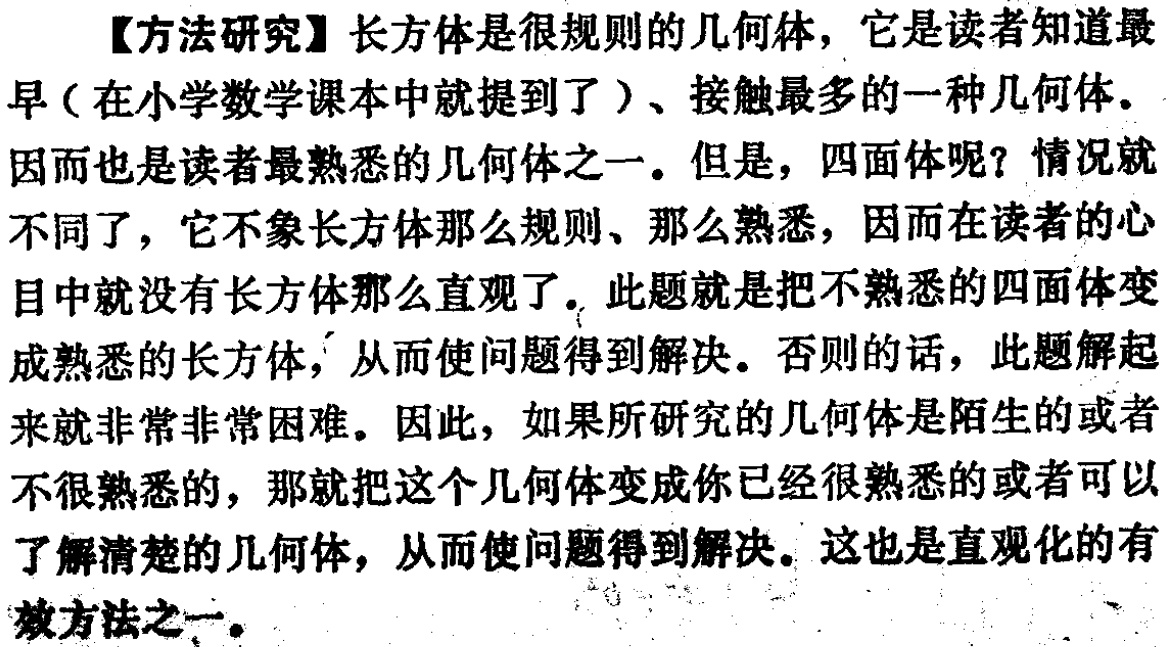
【方法研究】长方体是很规则的几何体，它是读者知道最早（在小学数学课本中就提到了）、接触最多的一种几何体。因而也是读者最熟悉的几何体之一。但是，四面体呢？情况就不同了，它不象长方体那么规则、那么熟悉，因而在读者的心目中就没有长方体那么直观了。此题就是把不熟悉的四面体变成熟悉的长方体，从而使问题得到解决。否则的话，此题解起来就非常非常困难。因此，如果所研究的几何体是陌生的或者不很熟悉的，那就把这个几何体变成你已经很熟悉的或者可以了解清楚的几何体，从而使问题得到解决。这也是直观化的有效方法之一。